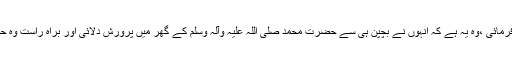
”دوسری بڑی فضیلت جو اللہ تعالیٰ نے علی علیہ السلام کو عنایت فرمائی ،وہ یہ ہے کہ اُنہوں نے بچپن ہی سے حضرت محمد صلی اللہ علیہ وآلہ وسلم کے گھر میں پرورش دلائی اور براہِ راست وہ حضرتِ خدیجہ اور پیغمبر خدا کے زیر سایہ اورزیر عنایات رہے“۔